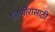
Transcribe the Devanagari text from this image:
जिर्णोरासाठी